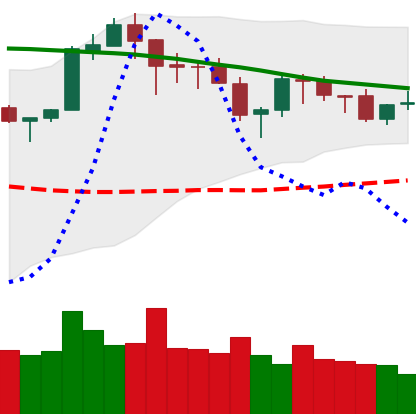
Ticker: ETH-USD
Chart end date: 2018-05-19
Forward return: -13.607%
Label: down_7plus